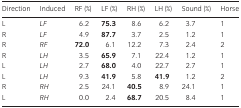
| Direction | Induced | RF (%) | LF (%) | RH (%) | LH (%) | Sound (%) | Horse |
 | --- | --- | --- | --- | --- | --- | --- | --- |
 | L | LF | 6.2 | 75.3 | 8.6 | 6.2 | 3.7 | 1 |
 | R | LF | 4.9 | 87.7 | 3.7 | 2.5 | 1.2 | 1 |
 | R | RF | 72.0 | 6.1 | 12.2 | 7.3 | 2.4 | 2 |
 | R | LH | 3.5 | 65.9 | 7.1 | 22.4 | 1.2 | 1 |
 | L | LH | 2.7 | 68.0 | 4.0 | 22.7 | 2.7 | 1 |
 | L | LH | 9.3 | 41.9 | 5.8 | 41.9 | 1.2 | 2 |
 | R | RH | 2.5 | 24.1 | 40.5 | 8.9 | 24.1 | 1 |
 | L | RH | 0.0 | 2.4 | 68.7 | 20.5 | 8.4 | 1 |